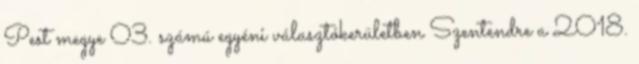
Pest megye 03. számú egyéni választókerületben Szentendre a 2018.